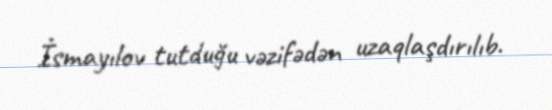
İsmayılov tutduğu vəzifədən uzaqlaşdırılıb.